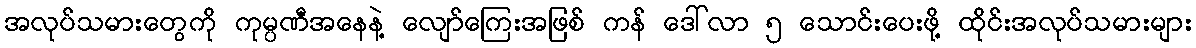
အလုပ်သမားတွေကို ကုမ္ပဏီအနေနဲ့ လျော်ကြေးအဖြစ် ကန် ဒေါ်လာ ၅ သောင်းပေးဖို့ ထိုင်းအလုပ်သမားများ